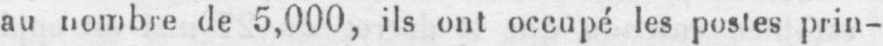
au nombre de 5,000, ils ont occupé les postes prin-